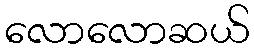
လောလောဆယ်